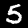
Label: 5